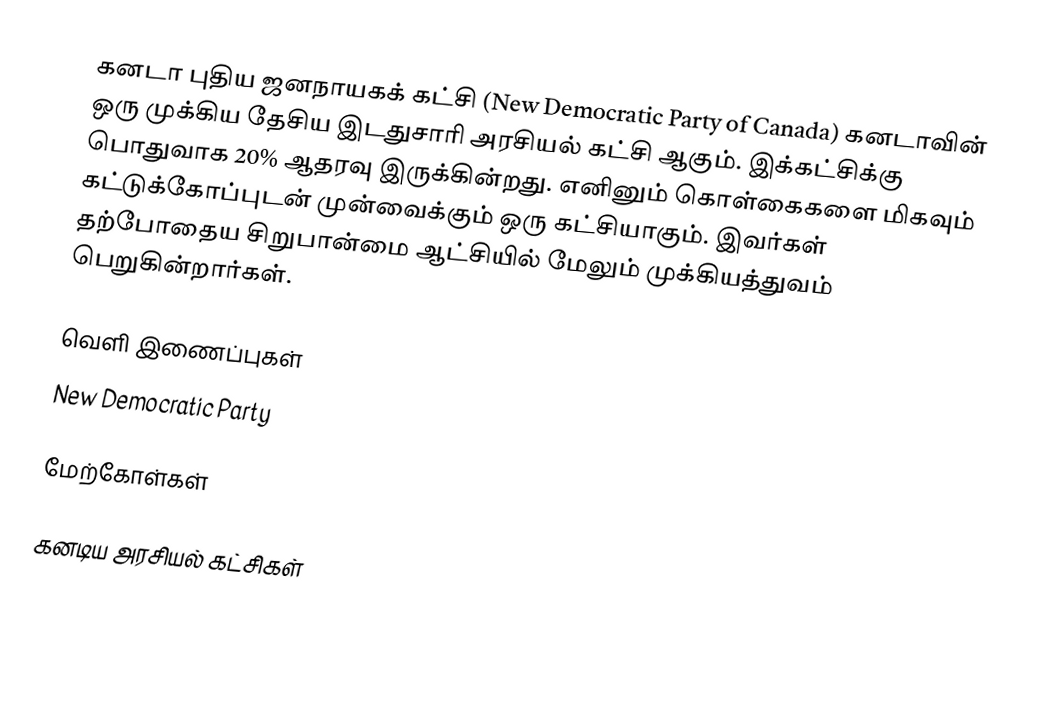
கனடா புதிய ஜனநாயகக் கட்சி (New Democratic Party of Canada) கனடாவின் ஒரு முக்கிய தேசிய இடதுசாரி அரசியல் கட்சி ஆகும். இக்கட்சிக்கு பொதுவாக 20% ஆதரவு இருக்கின்றது. எனினும் கொள்கைகளை மிகவும் கட்டுக்கோப்புடன் முன்வைக்கும் ஒரு கட்சியாகும். இவர்கள் தற்போதைய சிறுபான்மை ஆட்சியில் மேலும் முக்கியத்துவம் பெறுகின்றார்கள்.

வெளி இணைப்புகள்
 New Democratic Party

மேற்கோள்கள்

கனடிய அரசியல் கட்சிகள்